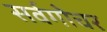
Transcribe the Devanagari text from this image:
सर्वगोचर